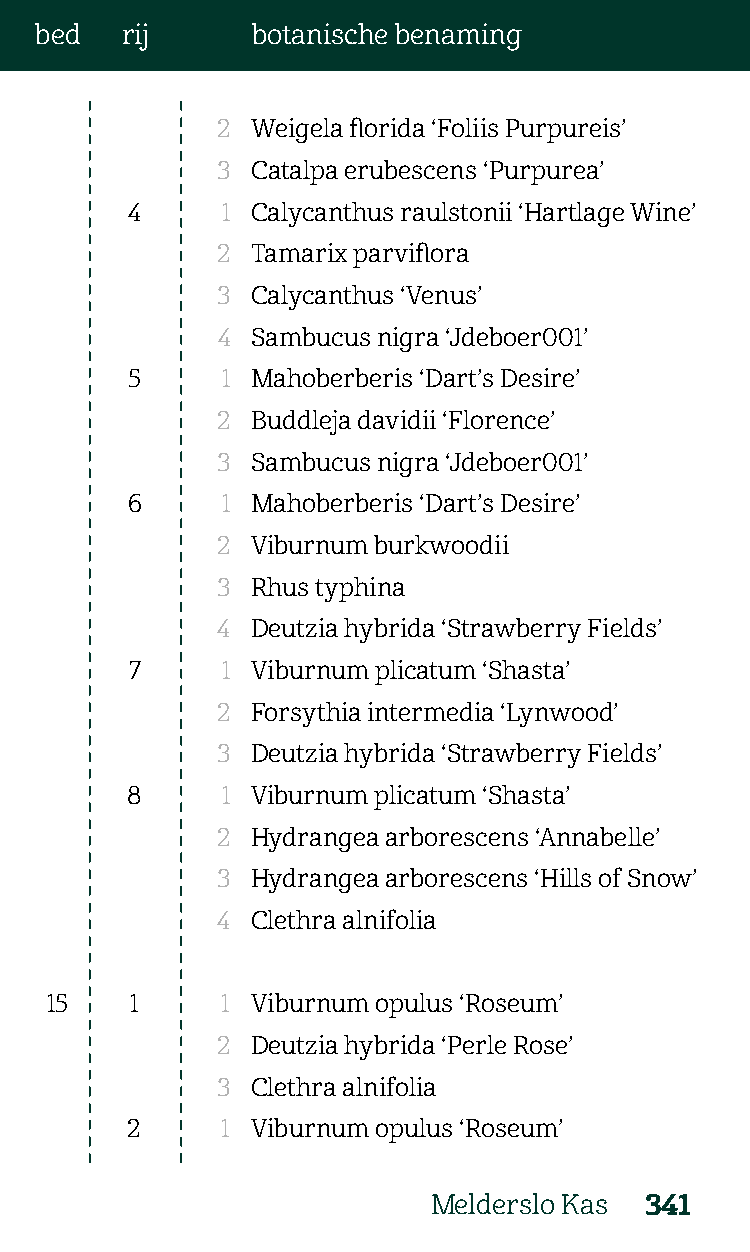
bed   rij      botanische benaming
 2  Weigela florida ‘Foliis Purpureis’
 3  Catalpa erubescens ‘Purpurea’
 4      1 Calycanthus raulstonii ‘Hartlage Wine’
 2  Tamarix parviflora
 3  Calycanthus ‘Venus’
 4  Sambucus nigra ‘Jdeboer001’
 5      1 Mahoberberis ‘Dart’s Desire’
 2  Buddleja davidii ‘Florence’
 3  Sambucus nigra ‘Jdeboer001’
 6      1 Mahoberberis ‘Dart’s Desire’
 2  Viburnum burkwoodii
 3  Rhus typhina
 4  Deutzia hybrida ‘Strawberry Fields’
 7     1 Viburnum plicatum ‘Shasta’
 2  Forsythia intermedia ‘Lynwood’
 3  Deutzia hybrida ‘Strawberry Fields’
 8      1 Viburnum plicatum ‘Shasta’
 2  Hydrangea arborescens ‘Annabelle’
 3  Hydrangea arborescens ‘Hills of Snow’
 4  Clethra alnifolia
 15    1     1 Viburnum opulus ‘Roseum’
 2  Deutzia hybrida ‘Perle Rose’
 3  Clethra alnifolia
 2      1 Viburnum opulus ‘Roseum’
 Melderslo Kas 341